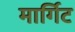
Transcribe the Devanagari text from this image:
मार्गिट